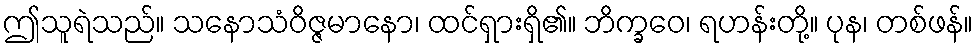
ဤသူရဲသည်။ သနောသံဝိဇ္ဇမာနော၊ ထင်ရှားရှိ၏။ ဘိက္ခဝေ၊ ရဟန်းတို့။ ပုန၊ တစ်ဖန်။